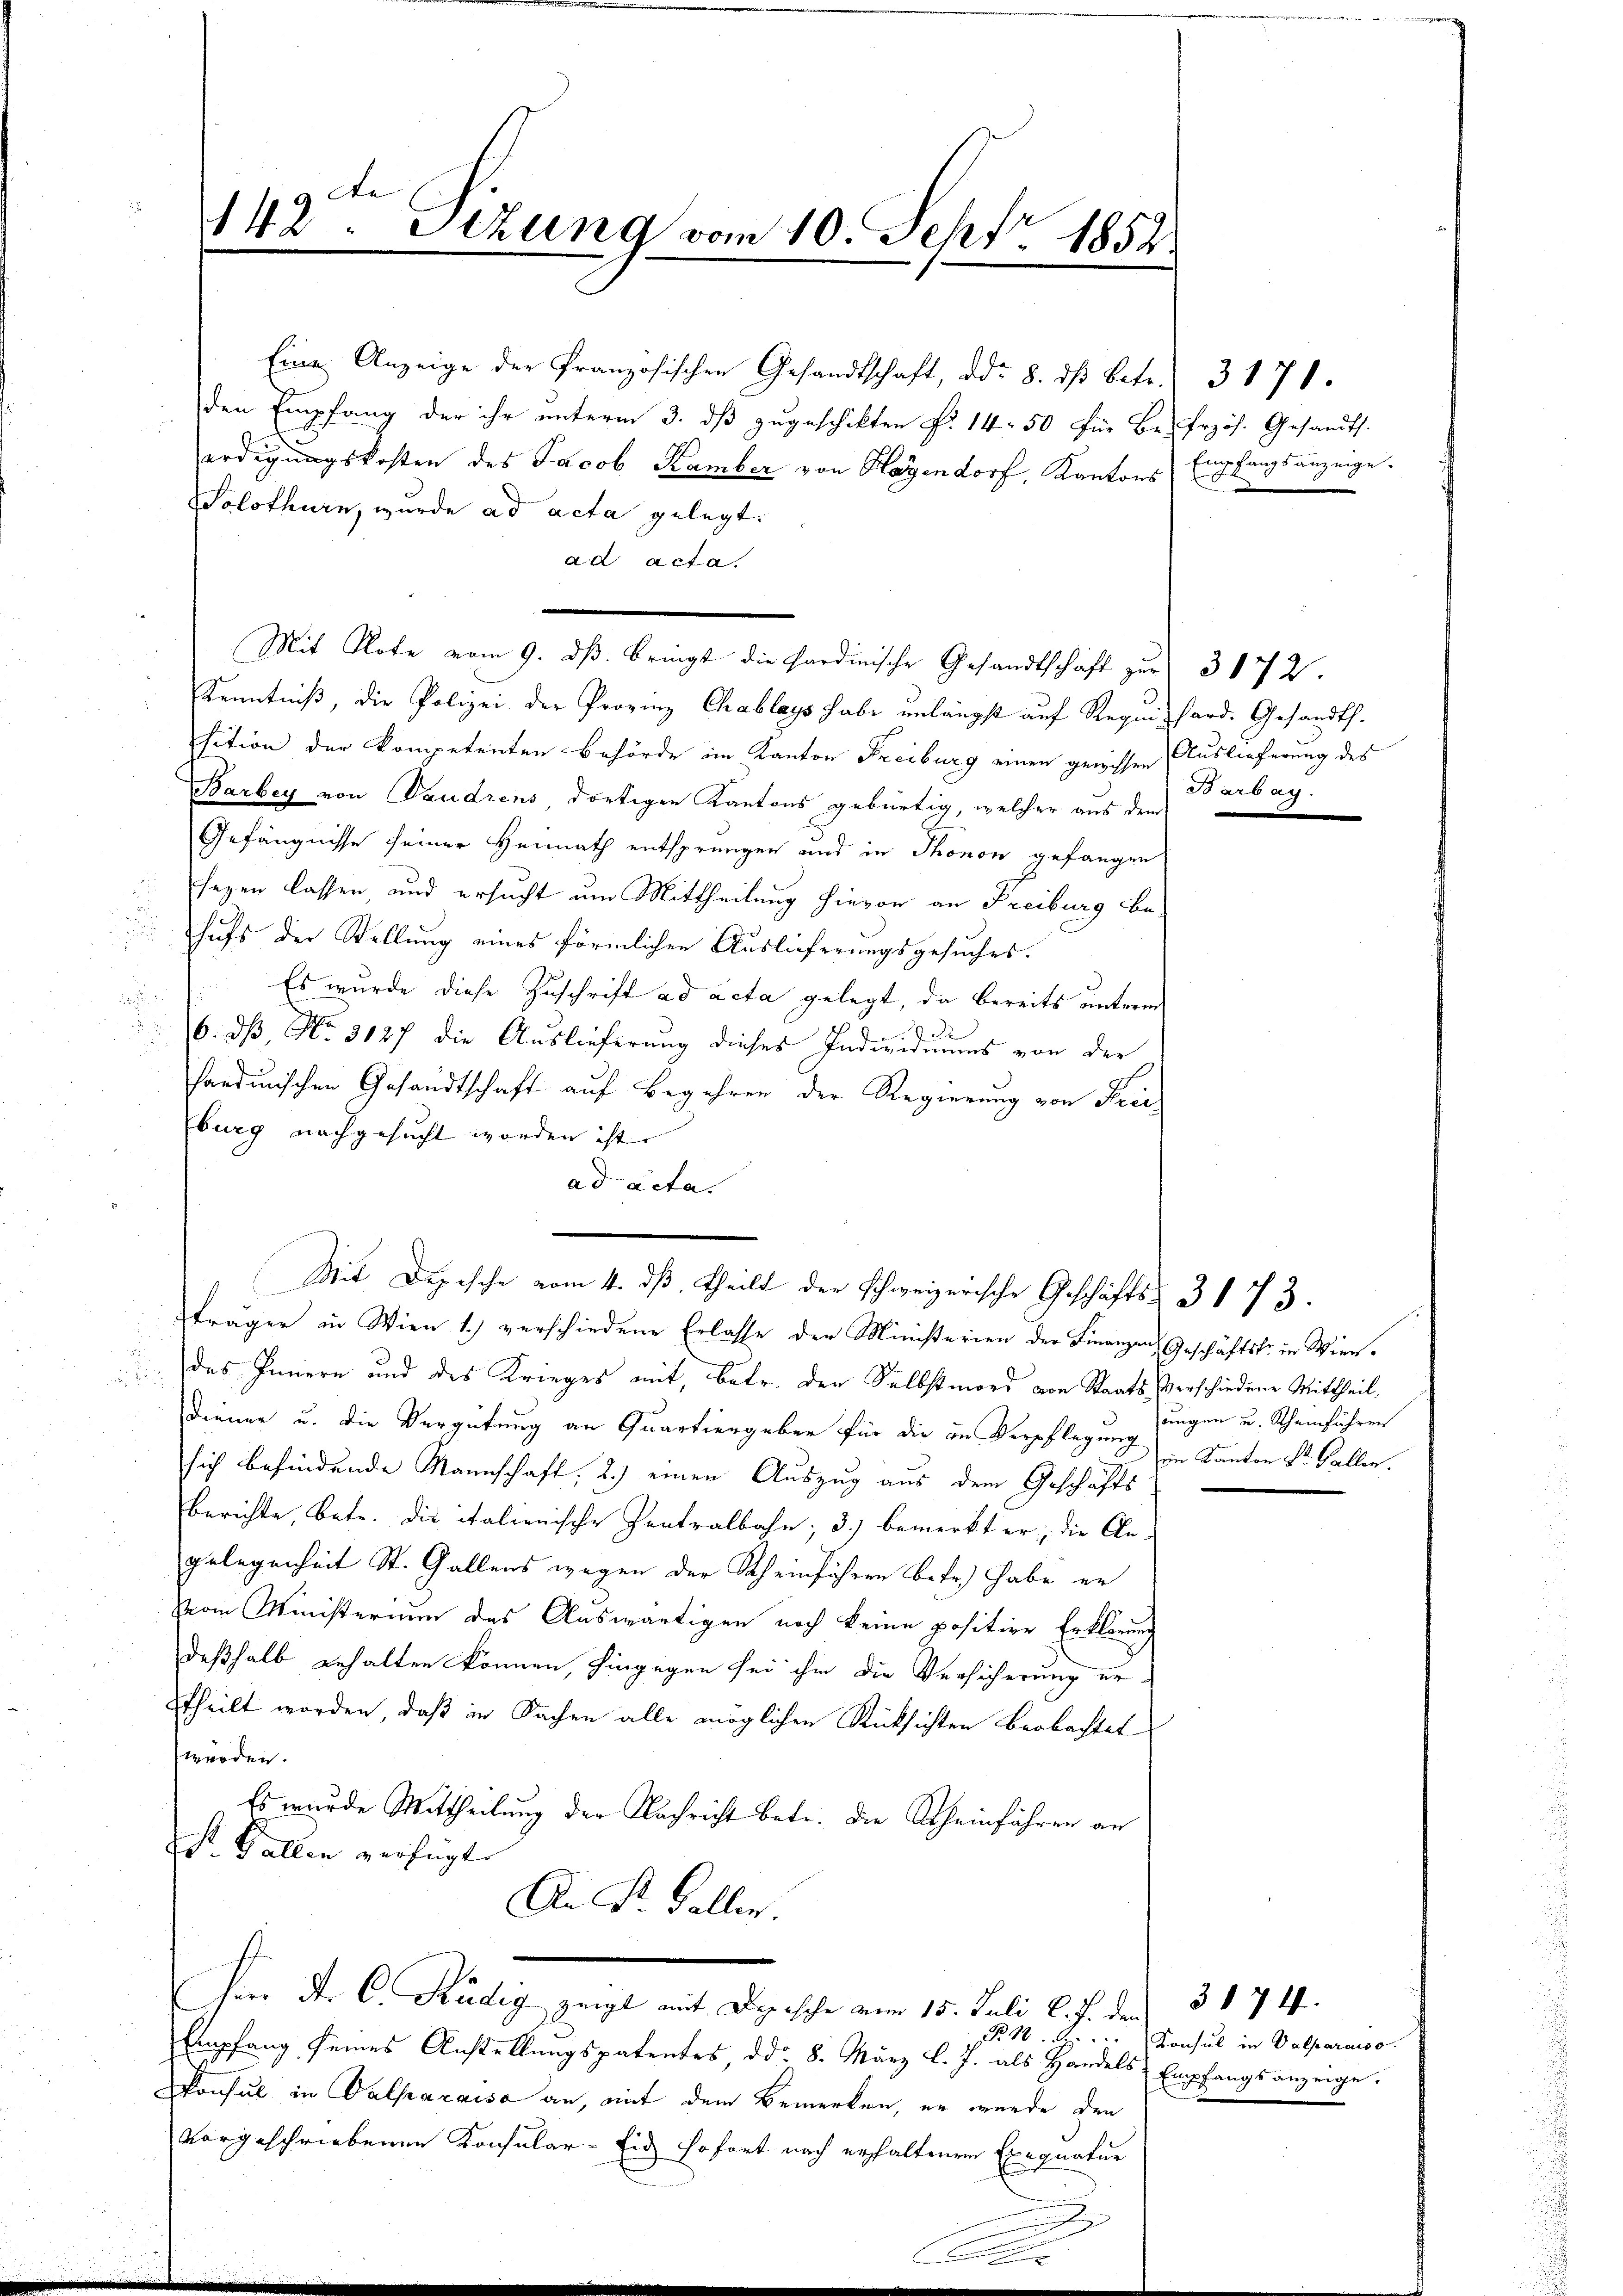
142. Sizung vom 10. Sept 1852

Eine Anzeige der Französischen Gesandtschaft, dd. 8. dβ betr. 3170
den Empfang der ihr unterm 3. dβ zugeschikten Fr. 14. 50 für Be-frzös. Gesandts.
u
erdigungskosten des Jacob Kamber von Hagendorf, Kantons d
Solothurn, wurde ad acta gelegt.
ad acta.
Kenntniß, die Polizei der Provinz Chablags habe unlängst auf Requis hard. Gesandts.
sition der kompetenten Behörde im Kanton Freiburg einen geniessen Auslieferung des
Barbey von Vaudrens, dortigen Kantons gebürtig, welcher aus dem
Gefängnisse seiner Heimath entsprungen und in Thonon gefangen
sezen lassen und ersucht um Mittheilung hievon an Freiburg be-
hufs der Stellung eines förmlichen Auslieferungsgesuches.
Es wurde diese Zuschrift ad acta gelegt, da bereits unterm

F
6. dß, No. 3127 die Auslieferung dieses Individuums von der
sardinischen Gesandtschaft auf Begehren der Regierung von Freiburg nachgesucht worden ist.
ad acta.
Mit Depesche vom 4. dβ theilt der Schweizerische Geschäfts- 3173.
fräger in Wien 1.) verschiedene Erlasse der Ministerien der Finanzen Geschäftstr. in Wien¬
 das Innern und des Krieges mit, betr. der Selbstmord von Staats-Verschiedene Mittheil,
Diener u. die Vergütung an Quartiergeber für die in Verpflegung fingen u. Scheinführen
sich befindende Mannschaft, 2.) einen Auszug aus dem Geschäfts
berichte, betr. die italienische Zentralbahn; 3) bemerkt er, die An-
gelegenheit St. Gallens wegen der Scheinführen betr. habe er
Vom Ministerium des Auswärtigen noch keine positive Erklärung
deßhalb erhalten können, hingegen sei ihm die Versicherung erttheilt worden, daß in Sachen alle möglichen Rücksichten beobachtet
werden.
Es wurde Mittheilung der Nachricht betr. die Scheinfahren an
S. Gallen verfügt.
An St. Galler.
Heer der C. Rudig zeigt mit Depesche vom 15. Juli l. J. den 31. 74.
Empfang seines Anstellungspatentes, dd. 8. März l. J. als Handels Empfangsanzeige.
Konsul in Valparaisa an, mit dem Bemerken, er wurde den
vorgeschriebenen Konsular-Eid sofort nach erhaltenen Exequatur

Mit Note vom 9. dβ. bringt die Hardinische Gesandtschaft zur 3 172.

Empfangsanzeige.

Barbay.

in Kanton Sr. Kellen.

B 1 Konsul in Valparouss